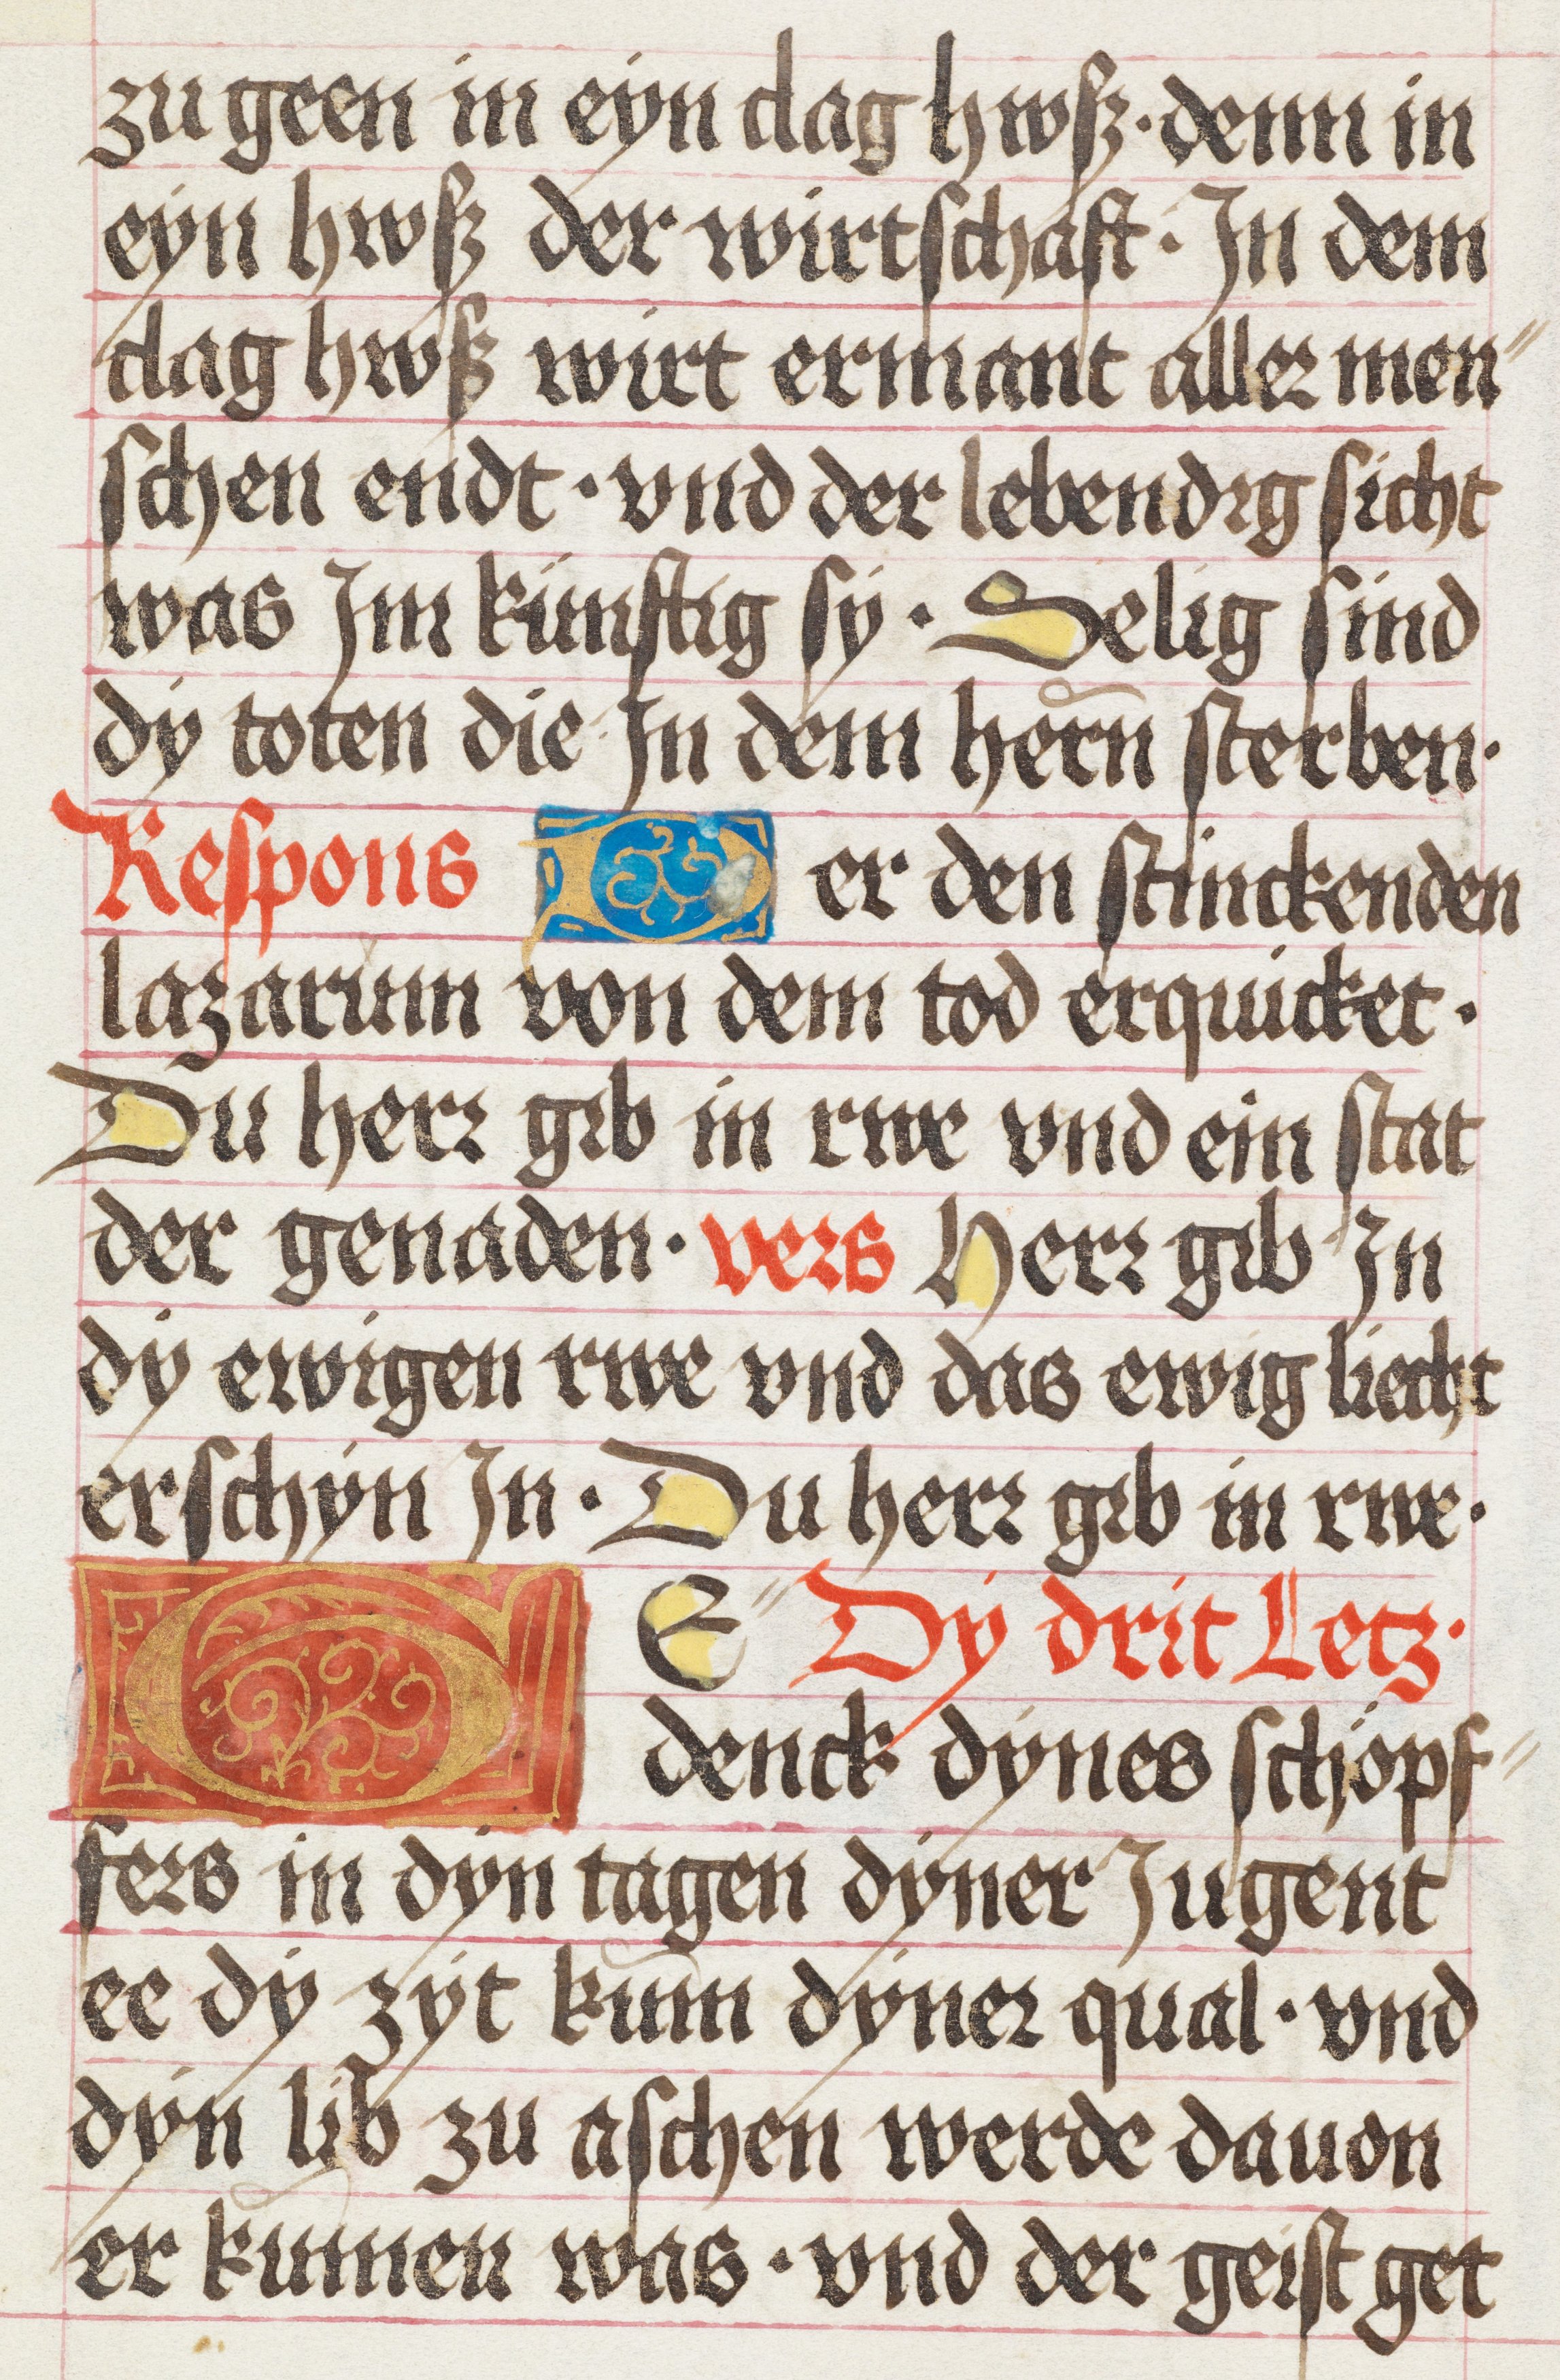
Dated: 1475–1499